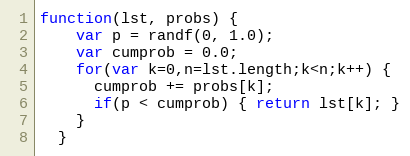
Language: JavaScript
function(lst, probs) {
    var p = randf(0, 1.0);
    var cumprob = 0.0;
    for(var k=0,n=lst.length;k<n;k++) {
      cumprob += probs[k];
      if(p < cumprob) { return lst[k]; }
    }
  }